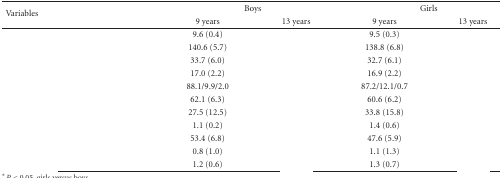
<table><thead><tr><td rowspan="2"><b> Variables</b></td><td colspan="2"><b>Boys</b></td><td colspan="2"><b>Girls</b></td></tr><tr><td><b>9 years</b></td><td><b>13 years</b></td><td><b>9 years</b></td><td><b>13 years</b></td></tr></thead><tbody><tr><td>[EMPTY_CELL]</td><td>9.6 (0.4)</td><td>[EMPTY_CELL]</td><td>9.5 (0.3)</td><td>[EMPTY_CELL]</td></tr><tr><td>[EMPTY_CELL]</td><td>140.6 (5.7)</td><td>[EMPTY_CELL]</td><td>138.8 (6.8)</td><td>[EMPTY_CELL]</td></tr><tr><td>[EMPTY_CELL]</td><td>33.7 (6.0)</td><td>[EMPTY_CELL]</td><td>32.7 (6.1)</td><td>[EMPTY_CELL]</td></tr><tr><td>[EMPTY_CELL]</td><td>17.0 (2.2)</td><td>[EMPTY_CELL]</td><td>16.9 (2.2)</td><td>[EMPTY_CELL]</td></tr><tr><td>[EMPTY_CELL]</td><td>88.1/9.9/2.0</td><td>[EMPTY_CELL]</td><td>87.2/12.1/0.7</td><td>[EMPTY_CELL]</td></tr><tr><td>[EMPTY_CELL]</td><td>62.1 (6.3)</td><td>[EMPTY_CELL]</td><td>60.6 (6.2)</td><td>[EMPTY_CELL]</td></tr><tr><td>[EMPTY_CELL]</td><td>27.5 (12.5)</td><td>[EMPTY_CELL]</td><td>33.8 (15.8)</td><td>[EMPTY_CELL]</td></tr><tr><td>[EMPTY_CELL]</td><td>1.1 (0.2)</td><td>[EMPTY_CELL]</td><td>1.4 (0.6)</td><td>[EMPTY_CELL]</td></tr><tr><td>[EMPTY_CELL]</td><td>53.4 (6.8)</td><td>[EMPTY_CELL]</td><td>47.6 (5.9)</td><td>[EMPTY_CELL]</td></tr><tr><td>[EMPTY_CELL]</td><td>0.8 (1.0)</td><td>[EMPTY_CELL]</td><td>1.1 (1.3)</td><td>[EMPTY_CELL]</td></tr><tr><td>[EMPTY_CELL]</td><td>1.2 (0.6)</td><td>[EMPTY_CELL]</td><td>1.3 (0.7)</td><td>[EMPTY_CELL]</td></tr></tbody></table>